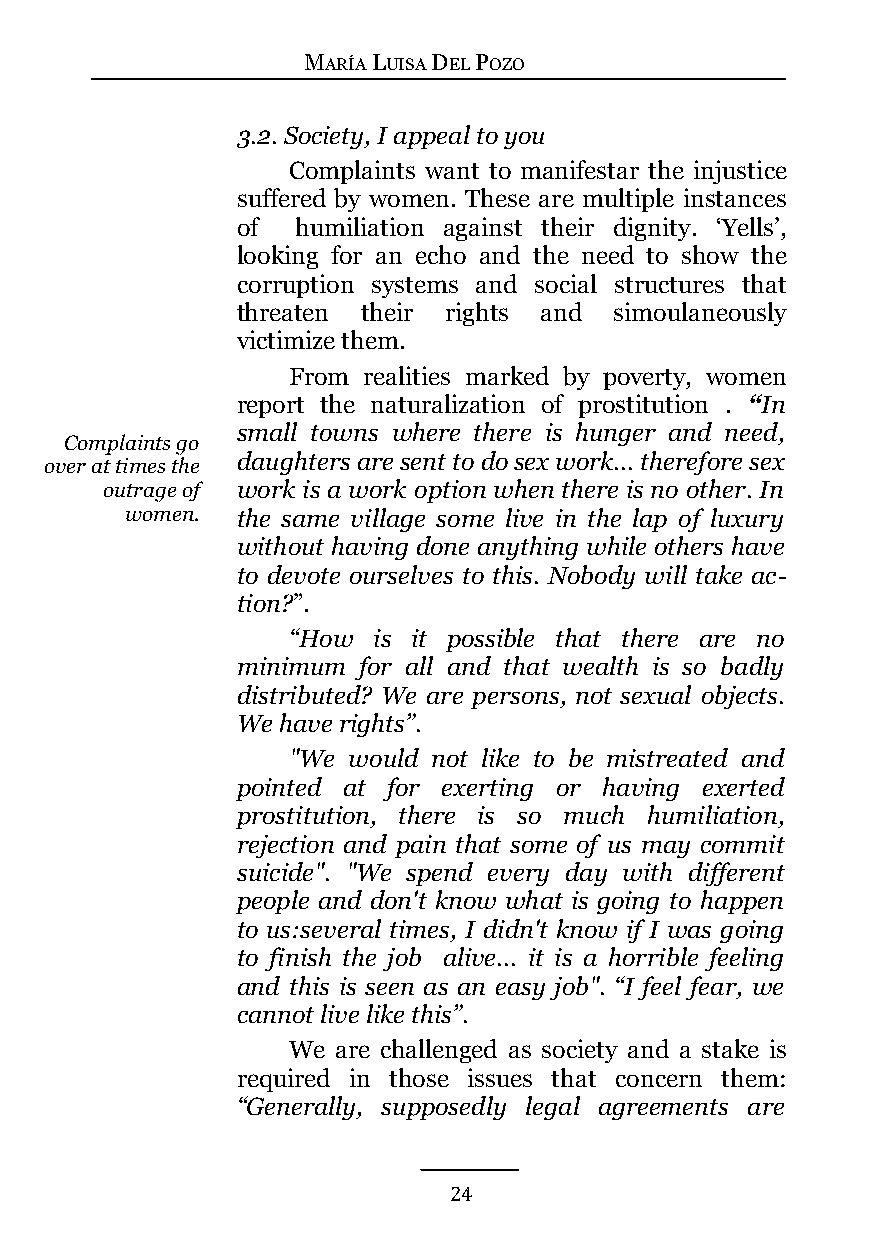
MARÍA LUISA DEL POZO
 3.2. Society, I appeal to you
 Complaints want to manifestar the injustice
 suffered by women. These are multiple instances
 of  humiliation against their dignity. ‘Yells’,
 looking for an echo and the need to show the
 corruption systems and social structures that
 threaten their rights and simoulaneously
 victimize them.
 From realities marked by poverty, women
 report the naturalization of prostitution . “In
 small towns where there is hunger and need,
 Complaints go
 daughters are sent to do sex work... therefore sex
 over at times the
 outrage of work is a work option when there is no other. In
 women.  the same village some live in the lap of luxury
 without having done anything while others have
 to devote ourselves to this. Nobody will take ac-
 tion?”.
 “How  is it possible that there are no
 minimum for all and that wealth is so badly
 distributed? We are persons, not sexual objects.
 We have rights”.
 "We would not like to be mistreated and
 pointed at for exerting or having exerted
 prostitution, there is so much humiliation,
 rejection and pain that some of us may commit
 suicide". "We spend every day with different
 people and don't know what is going to happen
 to us:several times, I didn't know if I was going
 to finish the job alive... it is a horrible feeling
 and this is seen as an easy job". “I feel fear, we
 cannot live like this”.
 We are challenged as society and a stake is
 required in those issues that concern them:
 “Generally, supposedly legal agreements are
 24